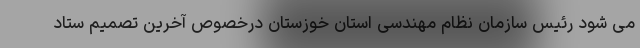
می شود رئیس سازمان نظام مهندسی استان خوزستان درخصوص آخرین تصمیم ستاد